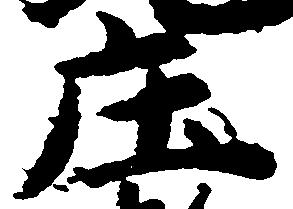
庄